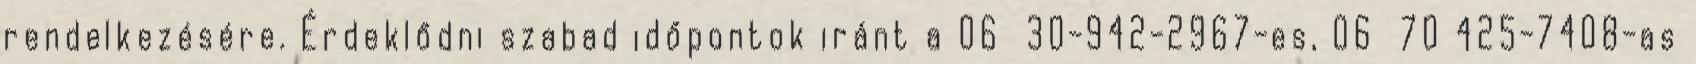
rendelkezésére. Érdeklődni szabad időpontok iránt a 06 30-942-2967-es, 06 70 425-7408-as